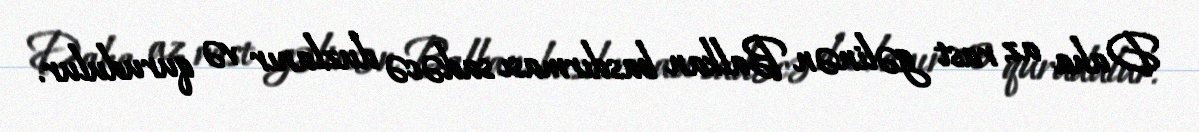
Daha az rast gəlinən Balkan basdırması sadəcə duzlanır və qurudulur.